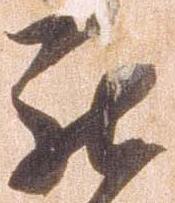
罷